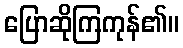
ပြောဆိုကြကုန်၏။